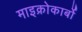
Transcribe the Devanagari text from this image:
माइक्रोकार्बो